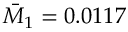
\bar { M } _ { 1 } = 0 . 0 1 1 7